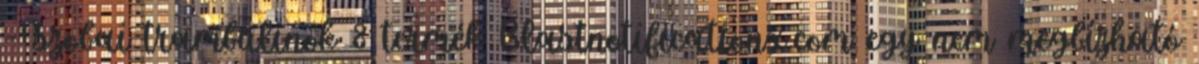
- szobai trambulinok 8 termék Blastnotificationx.com egy nem megbízható